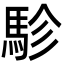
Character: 駗